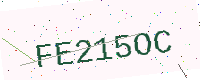
Text: FE215OC